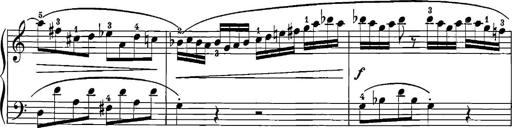
Title: 12 Sonatinas
Composer: Ignaz Pleyel